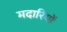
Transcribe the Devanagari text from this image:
मदारियों